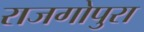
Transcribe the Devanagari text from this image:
राजगोपुरा